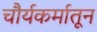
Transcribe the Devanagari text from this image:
चौर्यकर्मातून